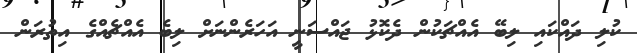
ކުލި ދައްކައި ލިބޭ އެއްޗަކުން ދެކޮޅު ޖައްސަނީ އަހަރެންނަށް ލިބެ އެއްޗެއްގެ އިތުރަން